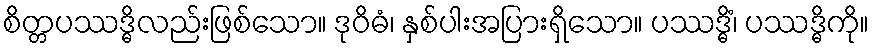
စိတ္တပဿဒ္ဓိလည်းဖြစ်သော။ ဒုဝိဓံ၊ နှစ်ပါးအပြားရှိသော။ ပဿဒ္ဓိံ၊ ပဿဒ္ဓိကို။